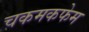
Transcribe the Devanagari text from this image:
चकमकफेम